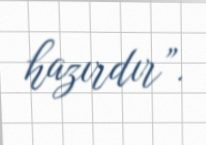
hazırdır”.